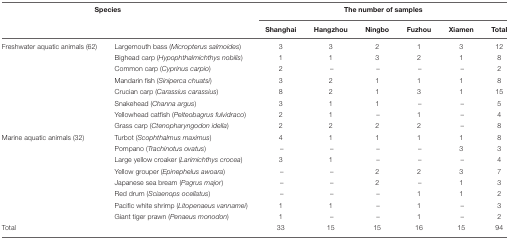
<table><thead><tr><td colspan="2"><b>Species</b></td><td colspan="6"><b>The number of samples</b></td></tr><tr><td></td><td></td><td><b>Shanghai</b></td><td><b>Hangzhou</b></td><td><b>Ningbo</b></td><td><b>Fuzhou</b></td><td><b>Xiamen</b></td><td><b>Total</b></td></tr></thead><tbody><tr><td>Freshwater aquatic animals (62)</td><td>Largemouth bass (<i>Micropterus salmoides</i>)</td><td>3</td><td>3</td><td>2</td><td>1</td><td>3</td><td>12</td></tr><tr><td></td><td>Bighead carp (<i>Hypophthalmichthys nobilis</i>)</td><td>1</td><td>1</td><td>3</td><td>2</td><td>1</td><td>8</td></tr><tr><td></td><td>Common carp (<i>Cyprinus carpio</i>)</td><td>2</td><td>–</td><td>–</td><td>–</td><td>–</td><td>2</td></tr><tr><td></td><td>Mandarin fish (<i>Siniperca chuatsi</i>)</td><td>3</td><td>2</td><td>1</td><td>1</td><td>1</td><td>8</td></tr><tr><td></td><td>Crucian carp (<i>Carassius carassius</i>)</td><td>8</td><td>2</td><td>1</td><td>3</td><td>1</td><td>15</td></tr><tr><td></td><td>Snakehead (<i>Channa argus</i>)</td><td>3</td><td>1</td><td>1</td><td>–</td><td>–</td><td>5</td></tr><tr><td></td><td>Yellowhead catfish (<i>Pelteobagrus fulvidraco</i>)</td><td>2</td><td>1</td><td>–</td><td>1</td><td>–</td><td>4</td></tr><tr><td></td><td>Grass carp (<i>Ctenopharyngodon idella</i>)</td><td>2</td><td>2</td><td>2</td><td>2</td><td>–</td><td>8</td></tr><tr><td>Marine aquatic animals (32)</td><td>Turbot (<i>Scophthalmus maximus</i>)</td><td>4</td><td>1</td><td>1</td><td>1</td><td>1</td><td>8</td></tr><tr><td></td><td>Pompano (<i>Trachinotus ovatus</i>)</td><td>–</td><td>–</td><td>–</td><td>–</td><td>3</td><td>3</td></tr><tr><td></td><td>Large yellow croaker (<i>Larimichthys crocea</i>)</td><td>3</td><td>1</td><td>–</td><td>–</td><td>–</td><td>4</td></tr><tr><td></td><td>Yellow grouper (<i>Epinephelus awoara</i>)</td><td>–</td><td>–</td><td>2</td><td>2</td><td>3</td><td>7</td></tr><tr><td></td><td>Japanese sea bream (<i>Pagrus major</i>)</td><td>–</td><td>–</td><td>2</td><td>–</td><td>1</td><td>3</td></tr><tr><td></td><td>Red drum (<i>Sciaenops ocellatus</i>)</td><td>–</td><td>–</td><td>–</td><td>1</td><td>1</td><td>2</td></tr><tr><td></td><td>Pacific white shrimp (<i>Litopenaeus vannamei</i>)</td><td>1</td><td>1</td><td>–</td><td>1</td><td>–</td><td>3</td></tr><tr><td></td><td>Giant tiger prawn (<i>Penaeus monodon</i>)</td><td>1</td><td>–</td><td>–</td><td>1</td><td>–</td><td>2</td></tr><tr><td>Total</td><td></td><td>33</td><td>15</td><td>15</td><td>16</td><td>15</td><td>94</td></tr></tbody></table>